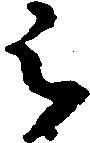
被